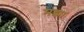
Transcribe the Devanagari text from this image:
मझा